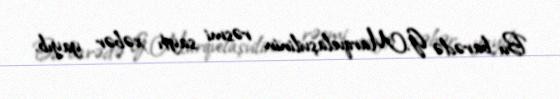
Bu barədə G.Marqvelaşvilinin rəsmi saytı xəbər yayıb.